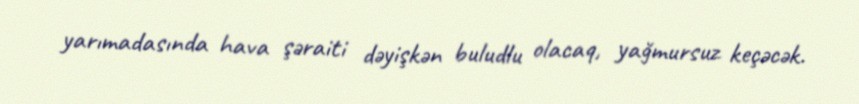
yarımadasında hava şəraiti dəyişkən buludlu olacaq, yağmursuz keçəcək.